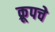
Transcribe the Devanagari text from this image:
क्रूपचे